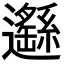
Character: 𨙂